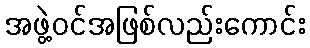
အဖွဲ့ဝင်အဖြစ်လည်းကောင်း